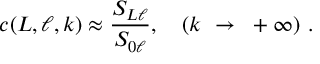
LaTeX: c ( L , \ell , k ) \approx \frac { S _ { L \ell } } { S _ { 0 \ell } } , ~ ~ ~ ( k ~ \rightarrow ~ + \infty ) ~ .